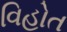
વિહોત